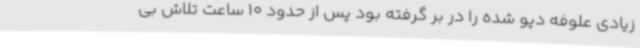
زیادی علوفه دپو شده را در بر گرفته بود پس از حدود 10 ساعت تلاش بی